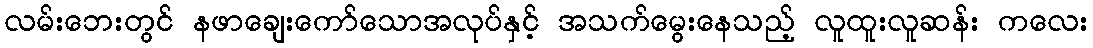
လမ်းဘေးတွင် နဖာချေးကော်သောအလုပ်နှင့် အသက်မွေးနေသည့် လူထူးလူဆန်း ကလေး